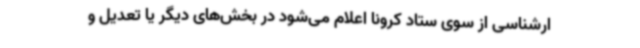
ارشناسی از سوی ستاد کرونا اعلام می‌شود در بخش‌های دیگر یا تعدیل و